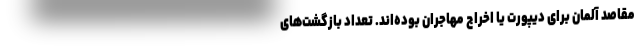
مقاصد آلمان برای دیپورت یا اخراج مهاجران بوده‌اند. تعداد بازگشت‌های